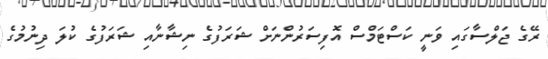
ރޭގެ ޖަލްސާގައި ވަނީ ކަސްޓަމްސް އޮފިސަރުންނަށް ޝަރަފުގެ ނިޝާނާއި ޝަރަފުގެ ކުލަ ދިނުމުގެ